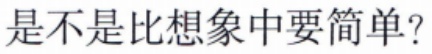
是不是比想象中要简单?